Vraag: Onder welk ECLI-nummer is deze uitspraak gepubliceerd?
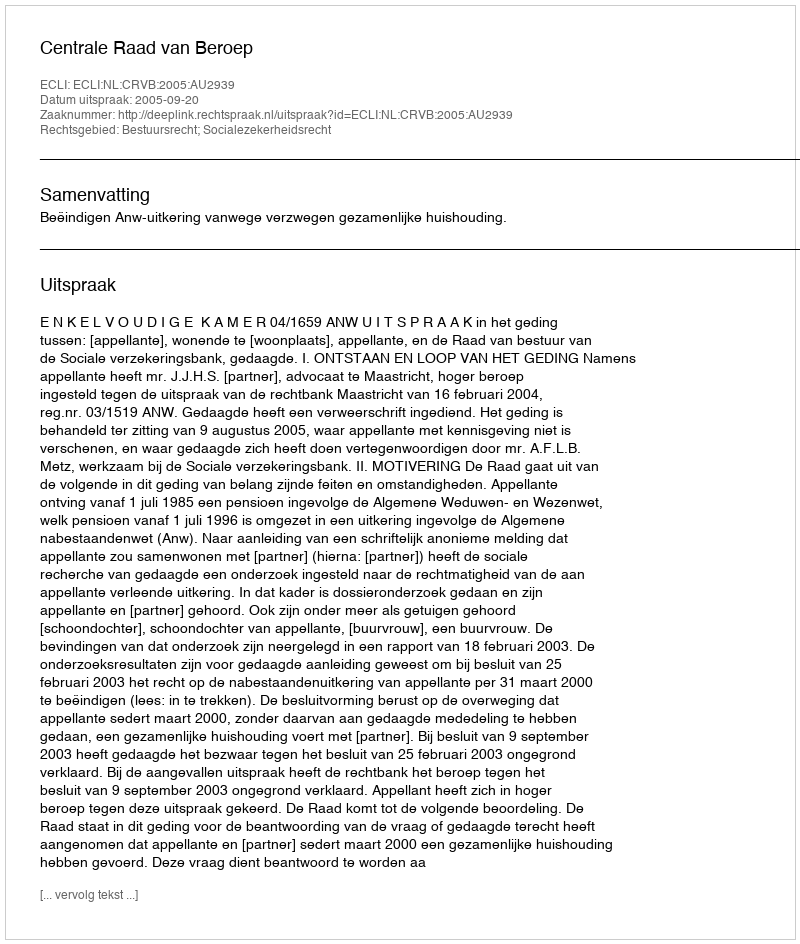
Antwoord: ECLI:NL:CRVB:2005:AU2939